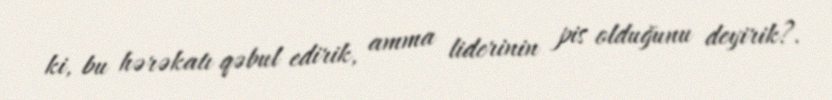
ki, bu hərəkatı qəbul edirik, amma liderinin pis olduğunu deyirik?.